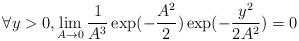
LaTeX: \begin{align*}\forall y >0, \lim_{A \to 0} \frac{1}{A^3} \exp(-\frac{A^2}{2}) \exp(-\frac{y^2}{2 A^2}) =0\end{align*}